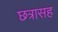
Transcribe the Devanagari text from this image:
छत्रासह